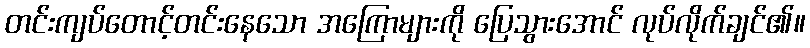
တင်းကျပ်တောင့်တင်းနေသော အကြောများကို ပြေသွားအောင် လုပ်လိုက်ချင်၏။